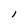
Character: l